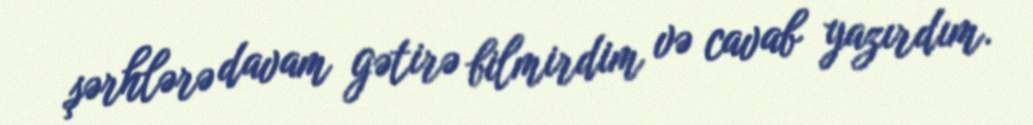
şərhlərə davam gətirə bilmirdim və cavab yazırdım.